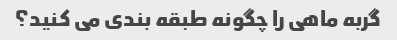
گربه ماهی را چگونه طبقه بندی می کنید؟